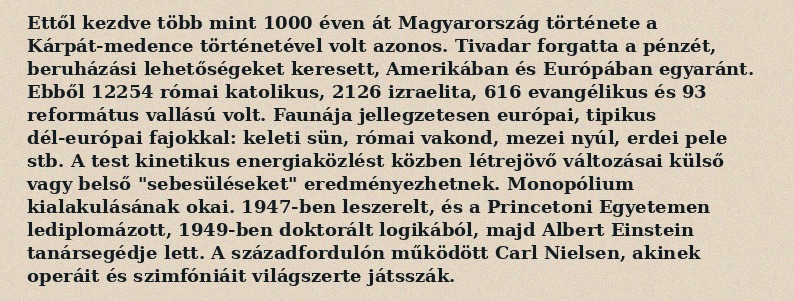
Ettől kezdve több mint 1000 éven át Magyarország története a Kárpát-medence történetével volt azonos. Tivadar forgatta a pénzét, beruházási lehetőségeket keresett, Amerikában és Európában egyaránt. Ebből 12254 római katolikus, 2126 izraelita, 616 evangélikus és 93 református vallású volt. Faunája jellegzetesen európai, tipikus dél-európai fajokkal: keleti sün, római vakond, mezei nyúl, erdei pele stb. A test kinetikus energiaközlést közben létrejövő változásai külső vagy belső "sebesüléseket" eredményezhetnek. Monopólium kialakulásának okai. 1947-ben leszerelt, és a Princetoni Egyetemen lediplomázott, 1949-ben doktorált logikából, majd Albert Einstein tanársegédje lett. A századfordulón működött Carl Nielsen, akinek operáit és szimfóniáit világszerte játsszák.